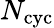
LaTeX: N_{\mathrm{cyc}}